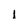
Character: I